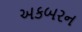
અકબરન